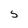
Character: 5